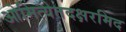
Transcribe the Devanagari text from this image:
ओमित्येतदक्षरमिद